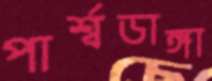
পার্শ্বডাঙ্গা